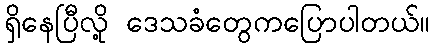
ရှိနေပြီလို့ ဒေသခံတွေကပြောပါတယ်။